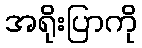
အရိုးပြာကို